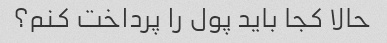
حالا کجا باید پول را پرداخت کنم؟